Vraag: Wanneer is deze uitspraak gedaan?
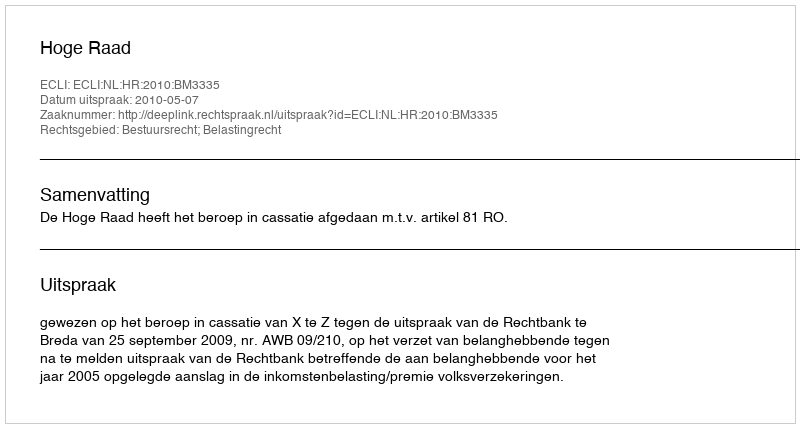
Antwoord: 2010-05-07